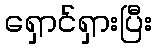
ရှောင်ရှားပြီး